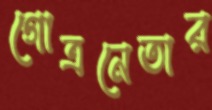
গোত্রনেতার